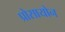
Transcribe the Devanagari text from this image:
प्रोसायोन